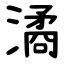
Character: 潏